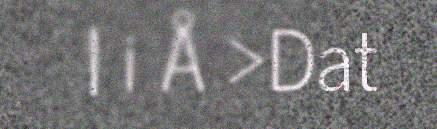
| i Å >Dat